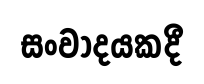
සංවාදයකදී